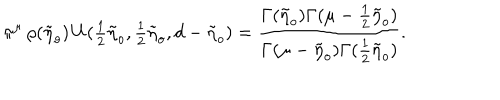
LaTeX: \pi ^ { \mu } \, \rho ( \tilde { \eta } _ { o } ) \, U ( { \textstyle { \frac { 1 } { 2 } } } \tilde { \eta } _ { o } , { \textstyle { \frac { 1 } { 2 } } } \tilde { \eta } _ { o } , d - \tilde { \eta } _ { o } ) = \frac { \Gamma ( \tilde { \eta } _ { o } ) \Gamma ( \mu - \frac { 1 } { 2 } \tilde { \eta } _ { o } ) } { \Gamma ( \mu - \tilde { \eta } _ { o } ) \Gamma ( \frac { 1 } { 2 } \tilde { \eta } _ { o } ) } .